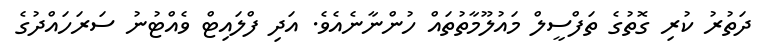
ދަތުރު ކުރި ގޮތުގެ ތަފްސީލް މައުލޫމާތުތައް ހުންނާނެއެވެ. އަދި ފްލައިޓް ވެއްޓުނު ސަރަހައްދުގެ